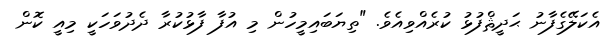
އެކަލޭގެފާނު ޙަދީޘްފުޅު ކުރެއްވިއެވެ. "ތިޔަބައިމީހުން މި އުފާ ފާޅުކުރާ ދެދުވަހަކީ މިއީ ކޮން